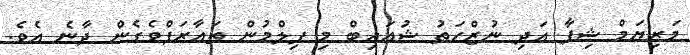
މަރިޔަމް ޝިފާ އަދި ނުޒްހަތު ޝުއައިބް މި ފިލްމުން ތައާރަފްވެގެން ދާނެ އެވެ.